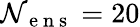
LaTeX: \mathcal{N}_{\mathrm{{~e~n~s~}}}=20